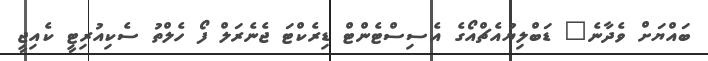
ބައްޔަށް ވެދާނެ" ޑަބްލިޔުއެޗްއޯގެ އެސިސްޓެންޓް ޑިރެކްޓަ ޖެނެރަލް ފޯ ހެލްތު ސެކިއުރިޓީ ކެއިޖީ